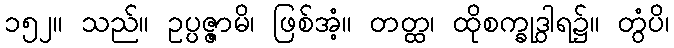
၁၅၂။ သည်။ ဥပ္ပဇ္ဇာမိ၊ ဖြစ်အံ့။ တတ္ထ၊ ထိုစက္ခုဒွါရ၌။ တွံပိ၊